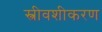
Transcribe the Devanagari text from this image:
स्त्रीवशीकरण